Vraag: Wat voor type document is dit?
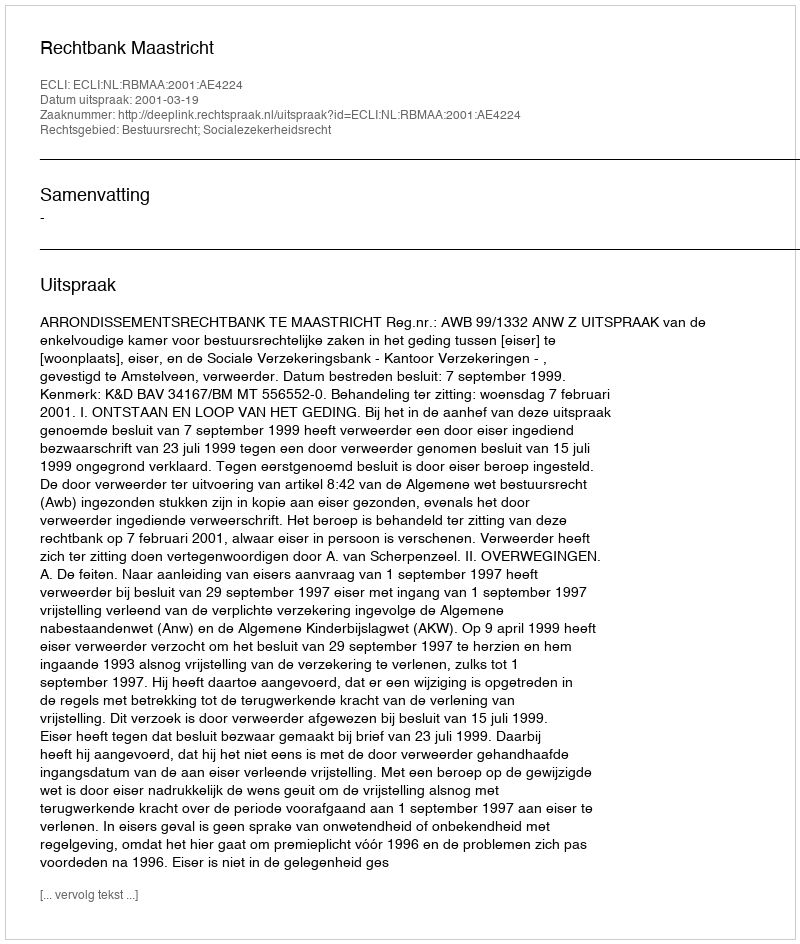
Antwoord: Uitspraak